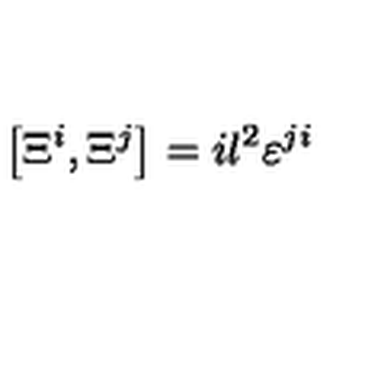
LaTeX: \left[ \Xi ^ { i } , \Xi ^ { j } \right] = i l ^ { 2 } { \varepsilon } ^ { j i }